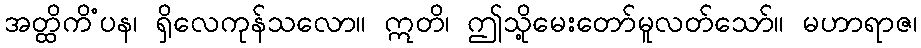
အတ္ထိကိံပန၊ ရှိလေကုန်သလော။ ဣတိ၊ ဤသို့မေးတော်မူလတ်သော်။ မဟာရာဇ၊